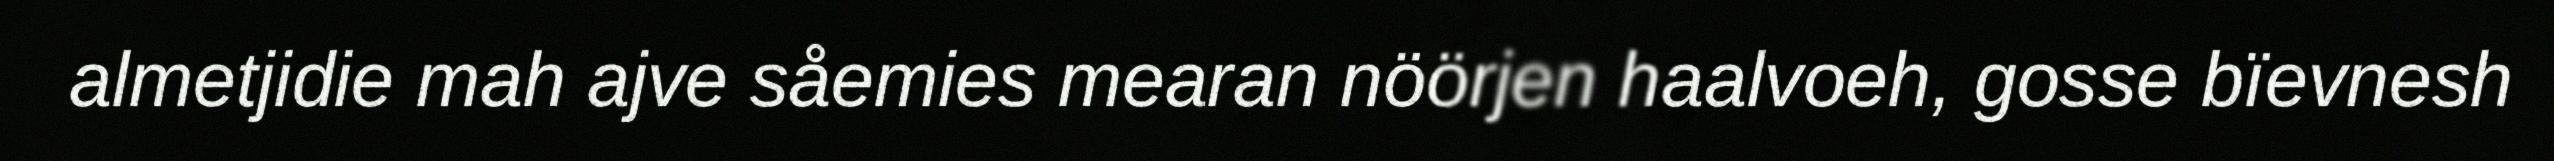
almetjidie mah ajve såemies mearan nöörjen haalvoeh, gosse bïevnesh